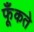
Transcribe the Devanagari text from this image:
फूँकते